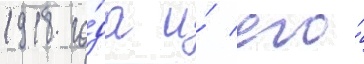
1918 го́да и́ его́